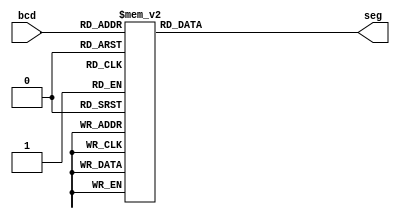
module segment7(
	input [3:0] bcd,
	output reg [6:0] seg
 );

	//always block for converting bcd digit into 7 segment format
	always @(bcd) begin
		case (bcd) //case statement
			4'b0000 : seg = 7'b1000000;
			4'b0001 : seg = 7'b1111001;
			4'b0010 : seg = 7'b0100100;
			4'b0011 : seg = 7'b0110000;
			4'b0100 : seg = 7'b0011001;
			4'b0101 : seg = 7'b0010010;
			4'b0110 : seg = 7'b0000010;
			4'b0111 : seg = 7'b1111000;
			4'b1000 : seg = 7'b0000000;
			4'b1001 : seg = 7'b0010000;
			4'b1010 : seg = 7'b0001000; //A
			4'b1011 : seg = 7'b0000011; //B
			4'b1100 : seg = 7'b1000110; //C
			4'b1101 : seg = 7'b0100001; //D
			4'b1110 : seg = 7'b0000110; //E
			4'b1111 : seg = 7'b0001110; //F
			//switch off 7 segment character when the bcd digit is not a decimal number.
			default : seg = 7'b1111111;
	  endcase
	end
 
endmodule